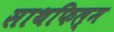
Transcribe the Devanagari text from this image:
साथफिल्म